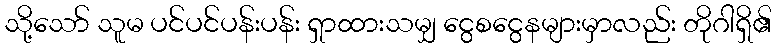
သို့သော် သူမ ပင်ပင်ပန်းပန်း ရှာထားသမျှ ငွေစငွေနများမှာလည်း တိုဂါရှိ၏